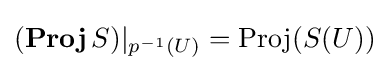
(\operatorname {\mathbf {Proj} } S)|_{p^{-1}(U)}=\operatorname {Proj} (S(U))